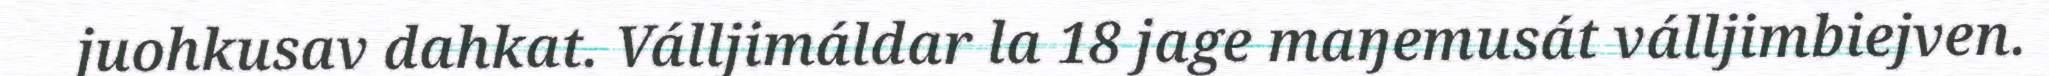
juohkusav dahkat. Válljimáldar la 18 jage maŋemusát válljimbiejven.